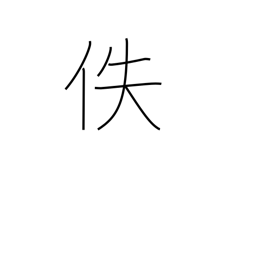
Meaning: lost